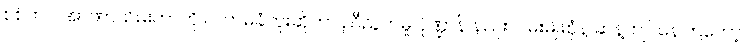
စစ်တပ် အာဏာသိမ်းတာကို လက်မခံဘူးဆိုတာ ညီညွတ်မှု ပုံဏ္ဍာန် နည်းလမ်းမျိုးစုံနဲ့ ဆန့်ကျင်နေကြတော့